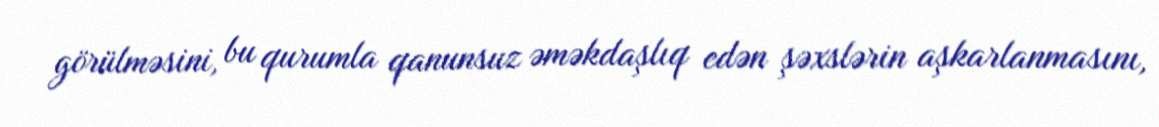
görülməsini, bu qurumla qanunsuz əməkdaşlıq edən şəxslərin aşkarlanmasını,